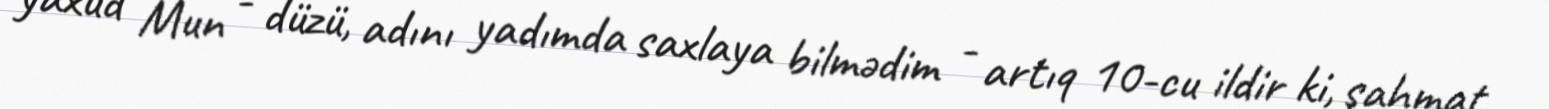
yaxud Mun - düzü, adını yadımda saxlaya bilmədim - artıq 10-cu ildir ki, şahmat